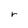
Character: r